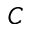
C